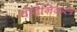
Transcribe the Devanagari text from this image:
वोटैनिकल